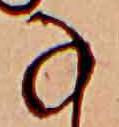
な